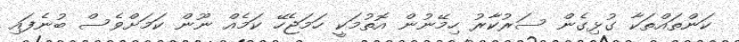
ކަންތައްތަކާ ގުޅިގެން ސަރުކާރު ހިމޭނުން އޮތުމަކީ ހަމަޖެހޭ ކަމެއް ނޫން ކަމަށްވެސް ބުނެފައި